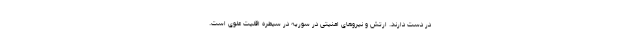
در دست دارند. ارتش و نیروهای امنیتی در سوریه در سیطره اقلیت علوی است.